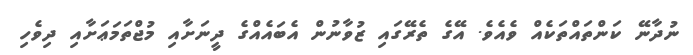
ނުދާނޭ ކަންތައްތަކެއް ވެއެވެ. އޭގެ ތެރޭގައި ޒުވާނުން އެބައެއްގެ ދީނަށާއި މުޖްތަމަޢަށާއި ދިވެހި